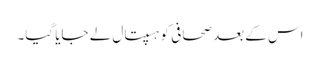
اس کے بعد صحافی کو ہسپتال لے جایا گیا۔